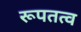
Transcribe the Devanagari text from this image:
रूपतत्व